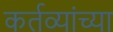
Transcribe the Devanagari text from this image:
कर्तव्यांच्या